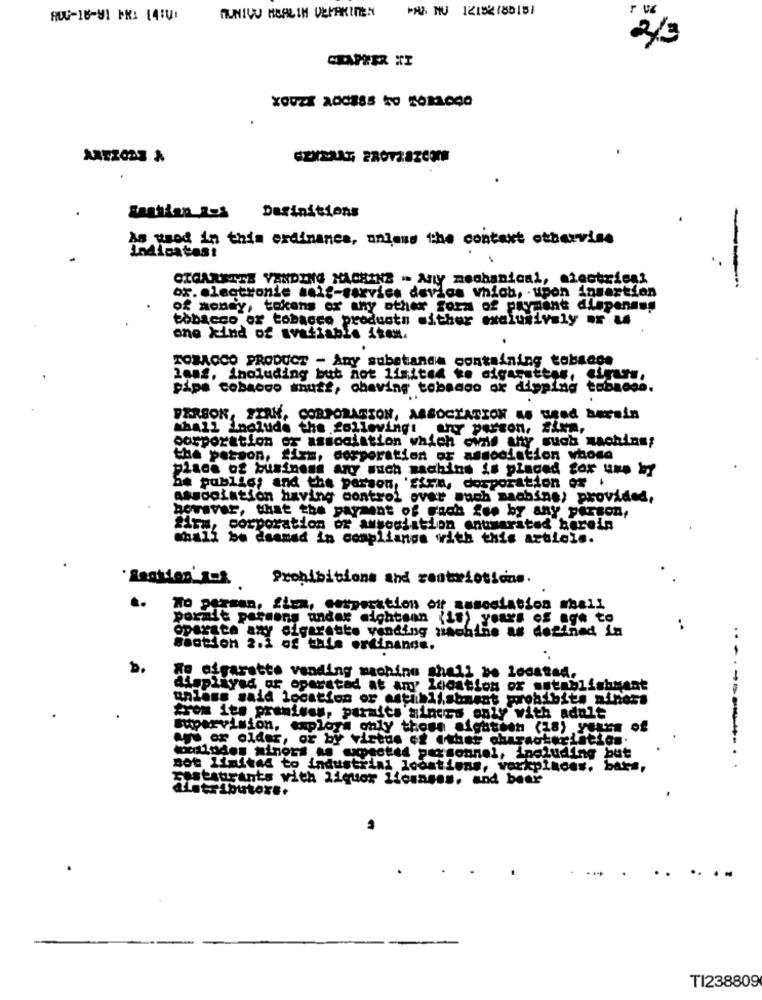
FAX NU 12152 18015)
AUG-16-91 PK: 14:
2/3
CHAPTER II
Definitions
-
As used in this exdinancs, unless the context otherwise
Indicatest
CIGARETTE VANDING MACHINE . Any mechanical, siectricas
or. electronle asig-servies devios which, upon insertion
--
of money, tokens or any other form of payment dispenans
tobacco or tobacco products mither exclusively or us
one kind of avašiable iken.
TOBACCO PRODUCT - Any substance containing tobacco
20a2, including but not limited to aigagutten, cigars.
pipe tobacco snuts, chaving tobeaco ox dipping tobacco.
PERSON, FIRK, CORPORATION, ASSOCIATION AS tad berein
shall Include the following: any person. #ixa,
corporation of association which owns any such machins;
the person, firm, corporation of association whose
place of business any much machine is placed for use by
be publie; and the person, 'Eira, dosporation of
association having control over much machine; provided,
boraver, that the payment of Fach feo by any person,
firm, corporation of association ontwarated barein
Shall be dsamad in compliance with this article.
Prohibitions and restrictions.
No persan, fica, entperation off association mhall
Dormit parsons andar mightsan (it) yours of age to
operate any cigarette vending naohthe as defined in
..
Bsotion 2.1 of tale ordinance.
b.
"e cigarette vending machine shall be located.
displayed of oparatad at any location or søtablishment
unless said location or establishment prohibits niners
from its premises, paraits minors only with adult
supervision, explora only those ofgasesn (18) yolun of
. or older, or by virtue of other characteristics.
....-----
oslodes minors as expected personnel, including but
not limited to industrial locations, workplacer. bars,
restaurants with liquor Licenses, and beer
TI238809